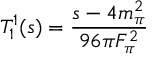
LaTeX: T _ { 1 } ^ { 1 } ( s ) = { \frac { s - 4 m _ { \pi } ^ { 2 } } { 9 6 \pi F _ { \pi } ^ { 2 } } }